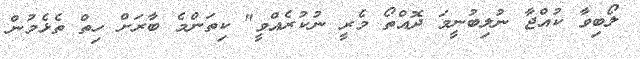
ލޯބިވާ ކުއްޖާ ނުލިބުނީމަ ދޮއްތޯ މެރީ ނުކުރެއްވީ" ކިތަންމެ ބާރަށް ހިތް ތެޅެމުން